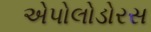
એપોલોડોરસ